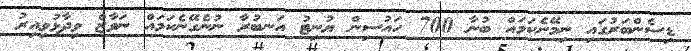
ޑިސެންބަރުގައި ނިމޭނެކަމައް ބުނާ 700 ހައުސިން ޔުނިޓު އަނބުރާ ނުނެގޭނެކަމައް ނަވާޒް ވިދާޅުވިއިރު